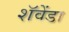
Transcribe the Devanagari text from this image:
शॅवेंडा